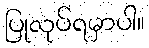
ပြုလုပ်ရမှာပါ။